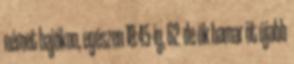
német hajókon, egészen 18:45-ig, 62 de ők hamar öt újabb